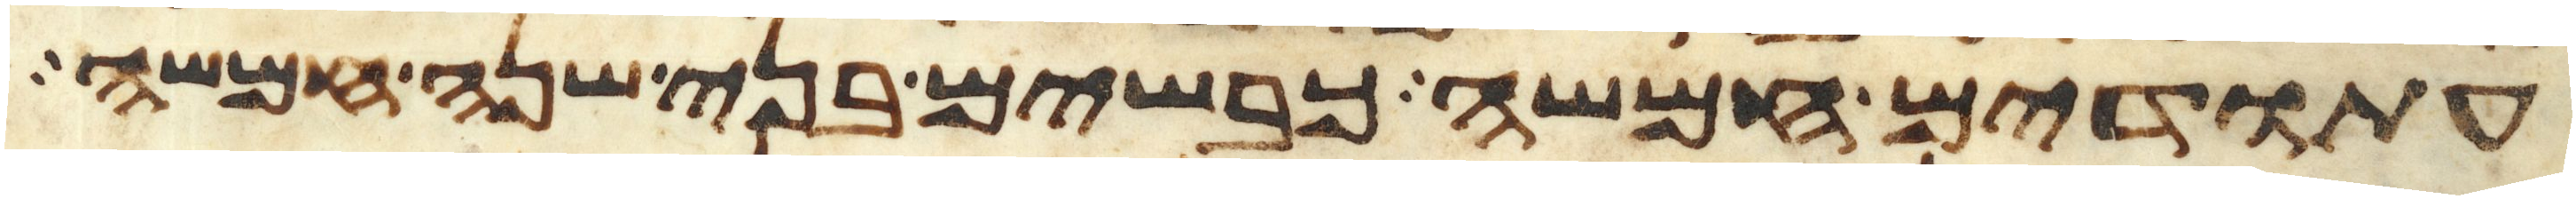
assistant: עתודים חמשה כבשים בני שנה חמשה